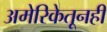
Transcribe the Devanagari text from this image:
अमेरिकेतूनही